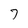
Character: 7